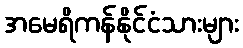
အမေရိကန်နိုင်ငံသားများ